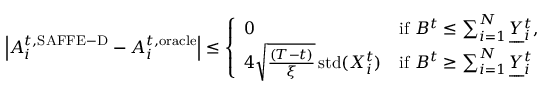
\begin{array} { r } { \left\vert A _ { i } ^ { t , \mathrm { S A F F E - D } } - A _ { i } ^ { t , \mathrm { o r a c l e } } \right\vert \leq \left\{ \begin{array} { l l } { 0 } & { \mathrm { i f ~ } B ^ { t } \leq \sum _ { i = 1 } ^ { N } \underbar { Y } _ { i } ^ { t } , } \\ { 4 \sqrt { \frac { ( T - t ) } { { \xi } } } \operatorname { s t d } ( X _ { i } ^ { t } ) } & { \mathrm { i f ~ } B ^ { t } \geq \sum _ { i = 1 } ^ { N } \underbar { Y } _ { i } ^ { t } } \end{array} \right. } \end{array}